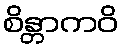
စိန္တာကဝိ